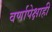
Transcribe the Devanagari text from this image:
वर्णापेक्षाही